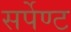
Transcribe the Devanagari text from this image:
सर्पेण्ट